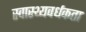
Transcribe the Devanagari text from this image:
स्वास्थ्यवर्धकता